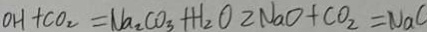
O H + C O _ { 2 } = N a _ { 2 } C O _ { 3 } + H _ { 2 } O 2 N a O + C O _ { 2 } = N a C